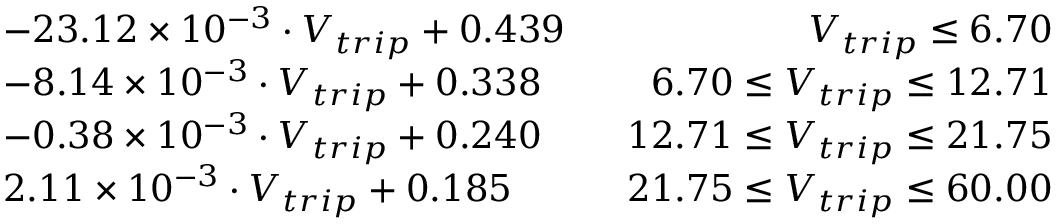
\begin{array} { r l r } & { - 2 3 . 1 2 \times 1 0 ^ { - 3 } \cdot V _ { t r i p } + 0 . 4 3 9 } & { \ \ V _ { t r i p } \leq 6 . 7 0 } \\ & { - 8 . 1 4 \times 1 0 ^ { - 3 } \cdot V _ { t r i p } + 0 . 3 3 8 } & { \ \ 6 . 7 0 \leq V _ { t r i p } \leq 1 2 . 7 1 } \\ & { - 0 . 3 8 \times 1 0 ^ { - 3 } \cdot V _ { t r i p } + 0 . 2 4 0 } & { \ \ 1 2 . 7 1 \leq V _ { t r i p } \leq 2 1 . 7 5 } \\ & { 2 . 1 1 \times 1 0 ^ { - 3 } \cdot V _ { t r i p } + 0 . 1 8 5 } & { \ \ 2 1 . 7 5 \leq V _ { t r i p } \leq 6 0 . 0 0 } \end{array}